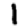
Digit: 1